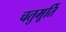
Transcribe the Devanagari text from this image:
चतुमूर्ति